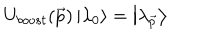
LaTeX: U _ { b o o s t } ( \vec { p } ) \left| \lambda _ { 0 } \right> = \left| \lambda _ { \vec { p } } \right>